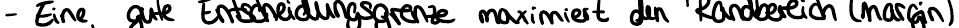
- Eine gute Entscheidungsgrenze maximiert den Randbereich (margin)